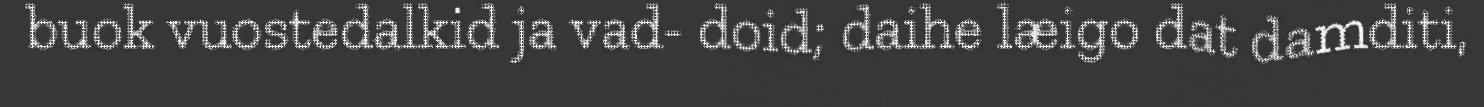
buok vuostedalkid ja vad- doid; daihe læigo dat damditi,